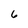
Character: 6